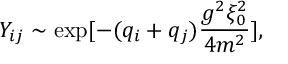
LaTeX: Y _ { i j } \sim \exp [ - ( q _ { i } + q _ { j } ) { \frac { g ^ { 2 } \xi _ { 0 } ^ { 2 } } { 4 m ^ { 2 } } } ] ,